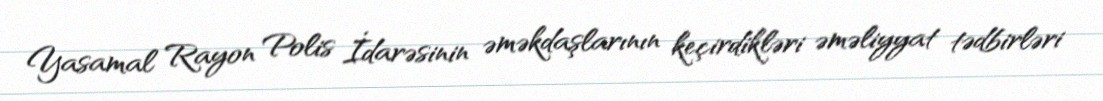
Yasamal Rayon Polis İdarəsinin əməkdaşlarının keçirdikləri əməliyyat tədbirləri